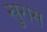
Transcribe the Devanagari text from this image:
खुरास